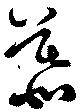
慕